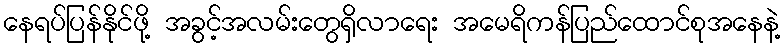
နေရပ်ပြန်နိုင်ဖို့ အခွင့်အလမ်းတွေရှိလာရေး အမေရိကန်ပြည်ထောင်စုအနေနဲ့